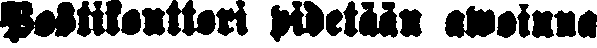
Postikonttori pidetään awoinna